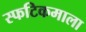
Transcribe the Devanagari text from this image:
स्फटिकमाला